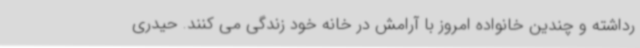
رداشته و چندین خانواده امروز با آرامش در خانه خود زندگی می کنند. حیدری